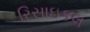
રિસાઇકલ